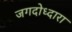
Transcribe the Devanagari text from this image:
जगदोध्दारा